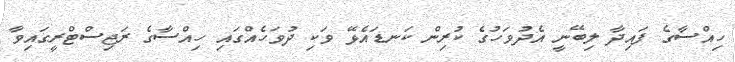
ހިއްސާގެ ފައިދާ ލިބޭނީ އެދުވަހުގެ ކުރިން ކަނޑައެޅޭ ވަކި ދުވަހެއްގައި ހިއްސާގެ ރަޖިސްޓްރީގައިވާ